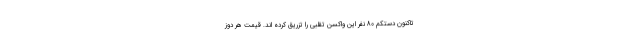
تاکنون دستکم 80 نفر این واکسن تقلبی را تزریق کرده اند. قیمت هر دوز